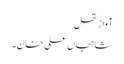
آواز تھل
شاہجاں علی خان۔